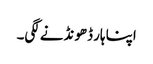
اپنا ہار ڈھونڈنے لگی۔